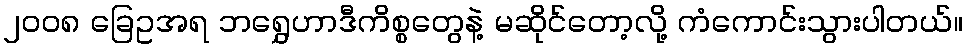
၂၀၀၈ ခြေဥအရ ဘရွှေဟာဒီကိစ္စတွေနဲ့ မဆိုင်တော့လို့ ကံကောင်းသွားပါတယ်။